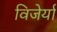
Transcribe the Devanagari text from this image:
विजेर्या